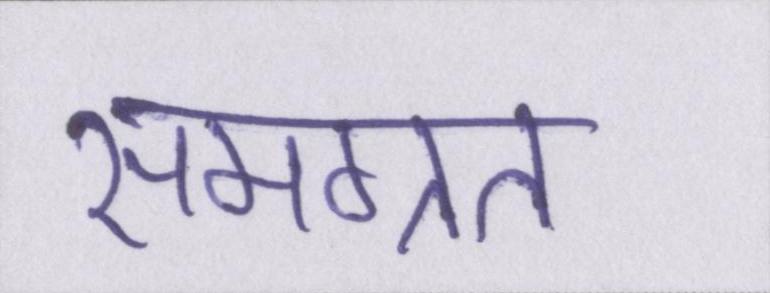
समग्रत